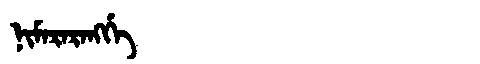
Manchu: ᠨᡳᠮᠠᡵᠠᡵᠠᠩᡤᡝ
Romanization: NIMARARANGGE